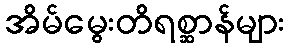
အိမ်မွေးတိရစ္ဆာန်များ